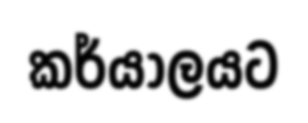
කර්යාලයට